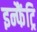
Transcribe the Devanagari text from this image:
इन्फैंट्रि